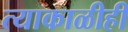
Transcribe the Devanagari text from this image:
त्याकाळीही